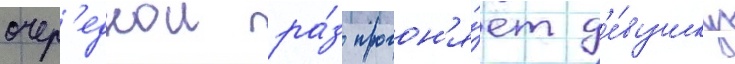
очер'еднои ра́з прогон'я́ет д'е́вушку